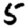
Digit: 5